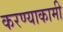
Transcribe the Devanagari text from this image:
करण्याकामी